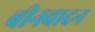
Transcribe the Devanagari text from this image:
बीनवादन